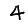
Digit: 4